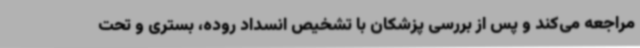
مراجعه می‌کند و پس از بررسی پزشکان با تشخیص انسداد روده، بستری و تحت